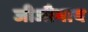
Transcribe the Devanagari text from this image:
जीजीभाय